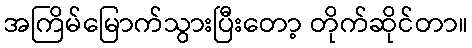
အကြိမ်မြောက်သွားပြီးတော့ တိုက်ဆိုင်တာ။